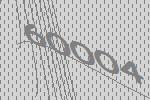
60004